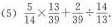
(5)$$\frac{5}{14}\times \frac{13}{39}+ \frac{2}{39}\div \frac{14}{13}$$.